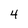
Character: 4